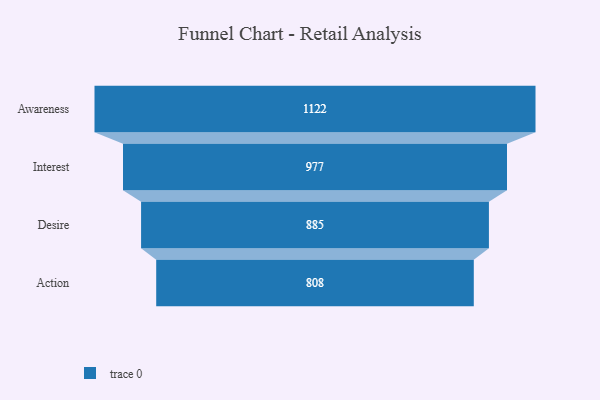
{"axis": {"x": "Stage", "y": "Value"}, "legend": [""], "data": [{"x": "Awareness", "y": 1122.0, "type": ""}, {"x": "Interest", "y": 977.0, "type": ""}, {"x": "Desire", "y": 885.0, "type": ""}, {"x": "Action", "y": 808.0, "type": ""}]}